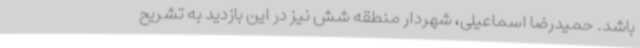
باشد. حمیدرضا اسماعیلی، شهردار منطقه شش نیز در این بازدید به تشریح